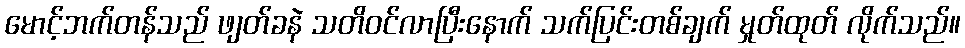
မောင့်ဘက်တန်သည် ဖျတ်ခနဲ သတိဝင်လာပြီးနောက် သက်ပြင်းတစ်ချက် မှုတ်ထုတ် လိုက်သည်။